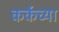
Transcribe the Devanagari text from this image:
कर्कच्या